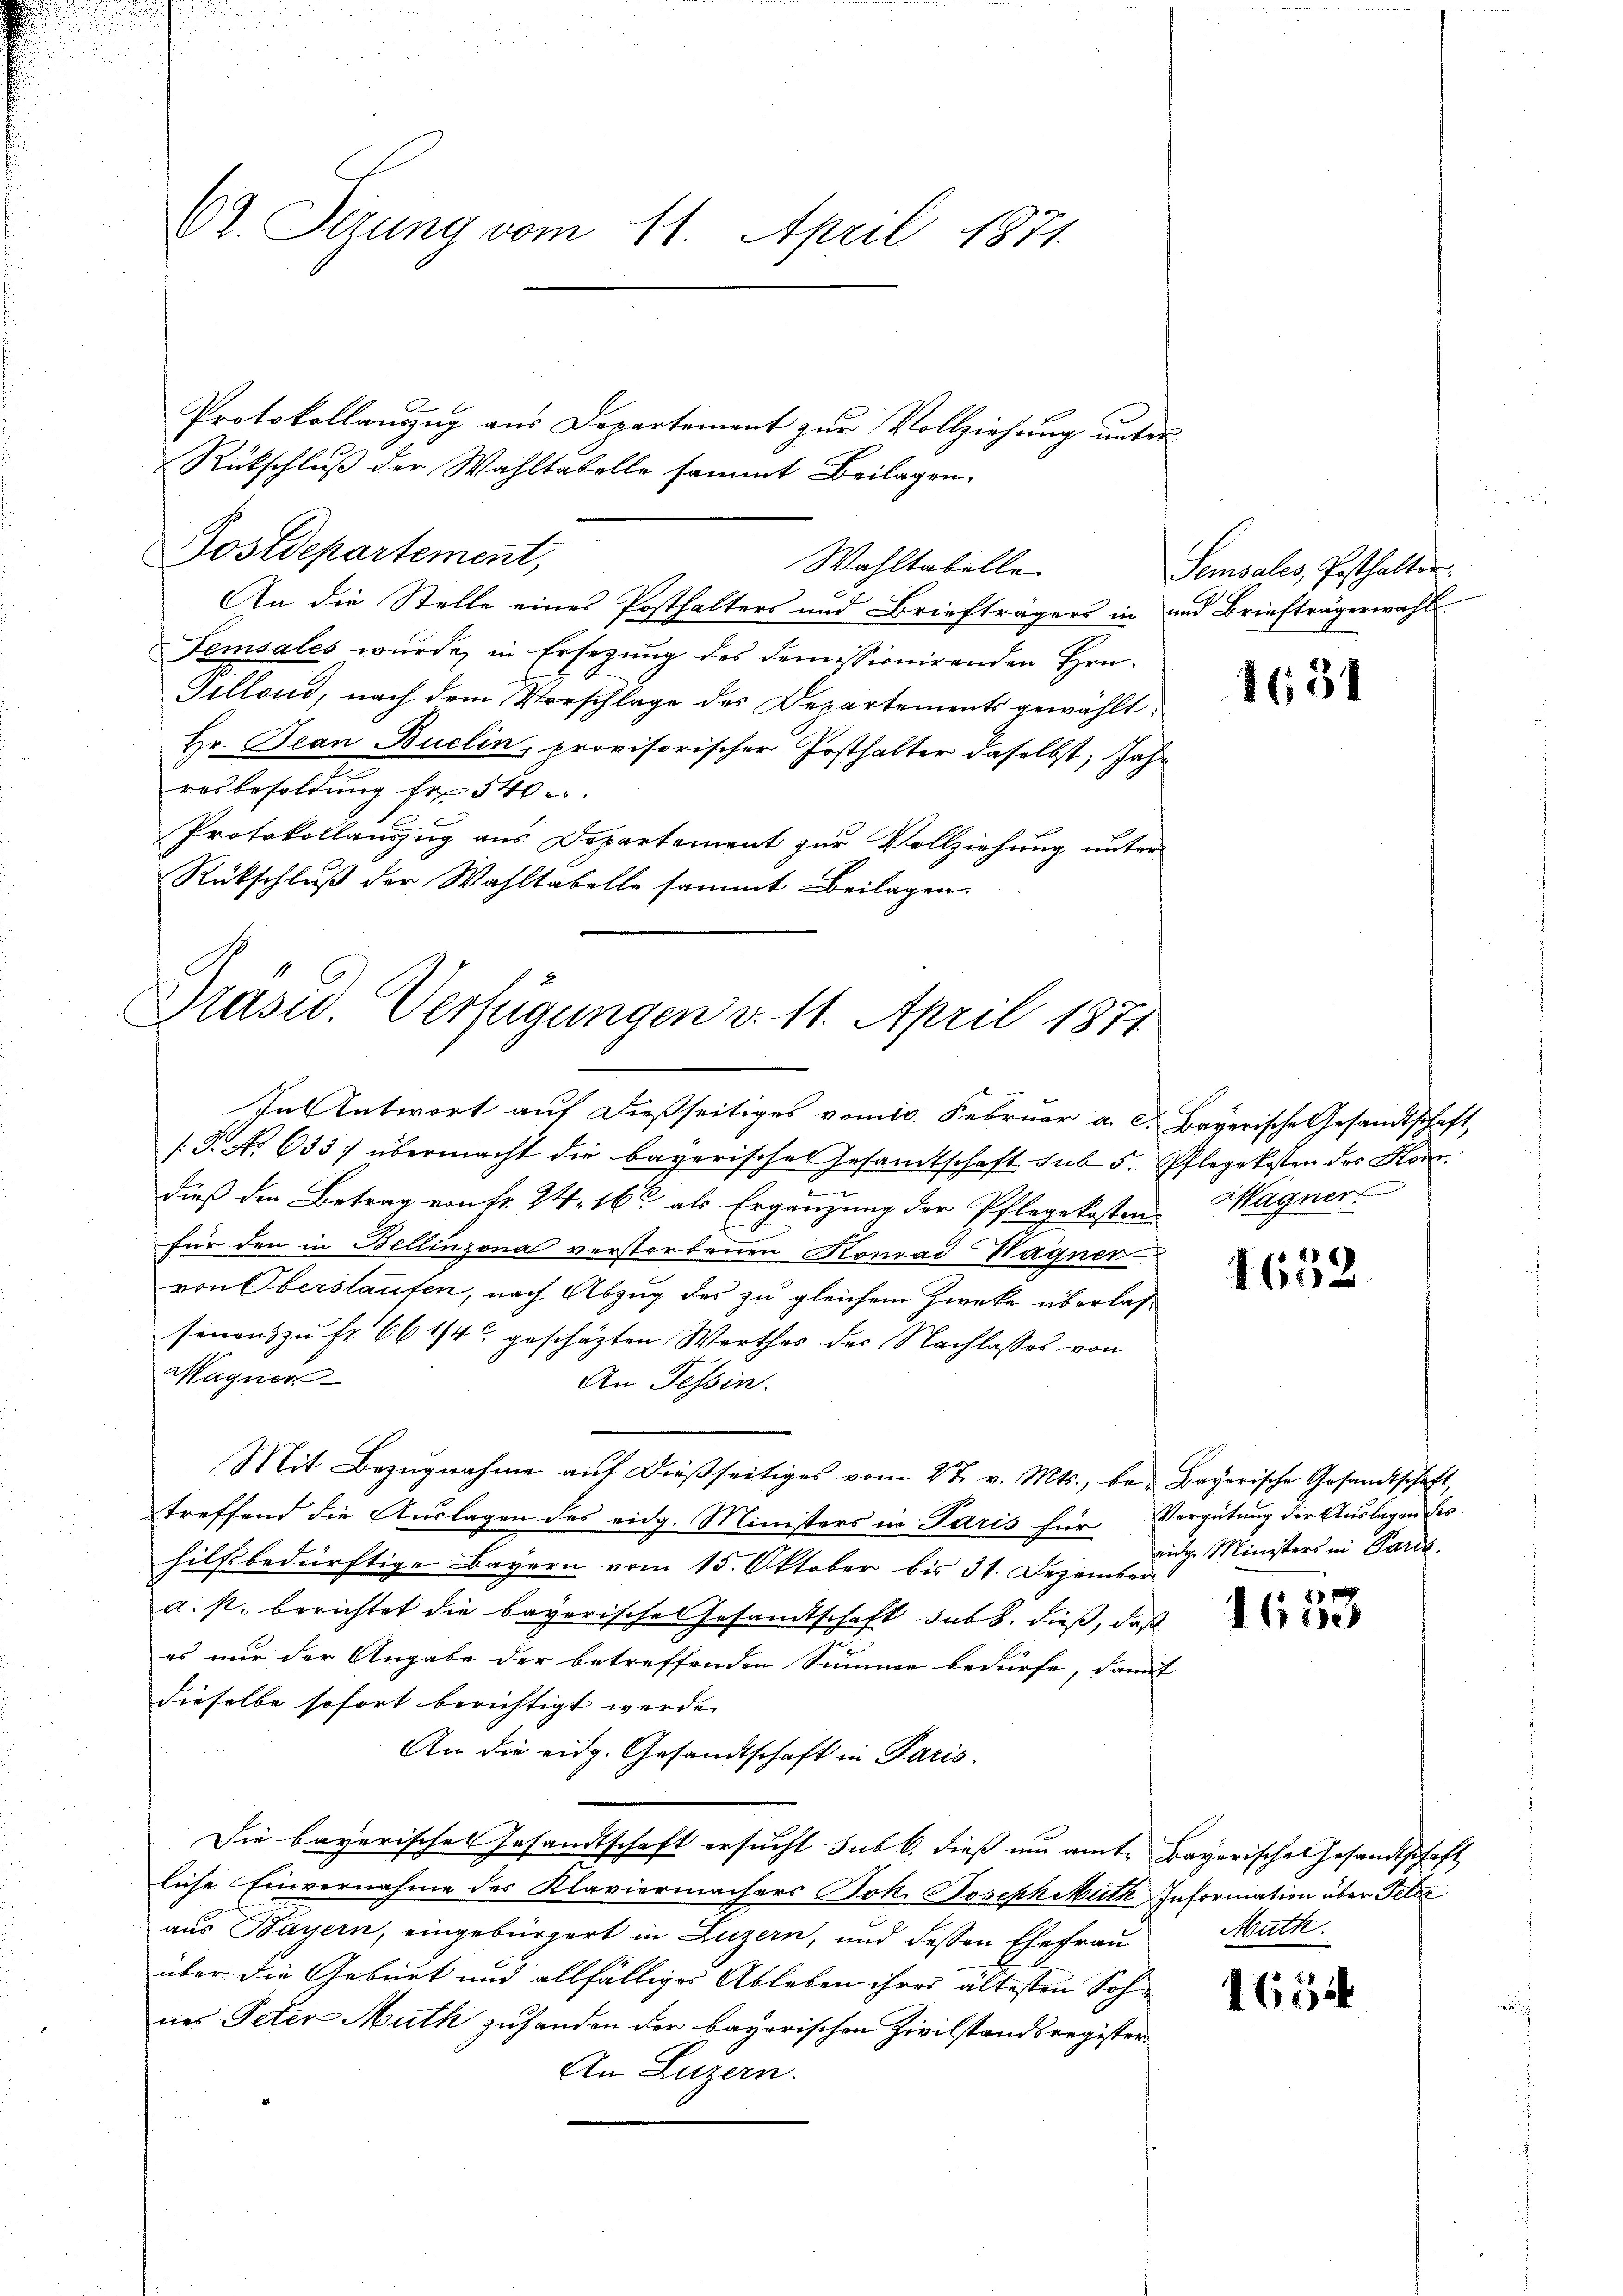
Ct. Sizung vom 11. April 1871.

Protokollauszug aus Departement zur Vollziehung unter¬
Rückschluß der Wahltabelle sammt Beilagen.
An die Stelle eines Posthalters und Briefträgers in und Briefträgerwahl
Temsales wurde, in Ersezung des demissionirenden Hrn.
Gillond, nach dem Vorschlage des Departements gewählt:
Hr. Jean Buelin, provisorischer Posthalter daselbst, Jahr
resbesoldŭng fr 540
Protokollanzug aus Departement zur Vollziehung unter
Rückschluß der Wahltabelle sammt Beilagen

Postdepartement,

Wahltabelle

Präsid. Verfügungen v. 11. April 1871

In Antwort auf dießseitiges vom 10. Februar a. c. Bayerische Gesandtschaft,
[.P. No 633. übermacht die bayerisches Gesamtschaft sub 5. Pflegekosten des Kondieß den Betrag von Fr. 24. 16 als Ergänzung der Pflegekosten
für den in Bellinzona verstorbenen Konrad Wagner
von Oberstaufen, nach Abzug des zu gleichem Zwecke überlassenen zu fr. 66 1/4 geschäzten Werthes des Nachlasses von
Wagner
An Tessin.
Mit Bezugnahme aŭf dießseitiges vom 27. v. Mts., be- Bayerische Gesandtschaft
treffend die Auslagen des eidg. Ministers in Paris für Vergütung der Auslagen des
hilfsbedürftige Bayern vom 15. Oktober bis 31. Dezember
a. p. berichtet die bayerische Gesandtschaft sub b. dieß, daß
es nur der Angabe der betreffenden Summe bedürfe, damit
dieselbe sofort berichtigt werde.
An die eidg. Gesandtschaft in Paris.
Die bayerisches Gesandtschaft ersucht sub 6. dieß um amte Bayerische Gesandtschaft
liche Einvernahme des Klaviermachers Joh. Josephiuth Information über Peter
aus Bayern, eingebürgert in Luzern, und dessen Ehefrau
über die Geburt und allfälliges Ableben ihres ältesten Soh
nes Peter Muth zufanden der bayerischen Zivilstandsregister¬
An Luzern.

Semsales, Posthalten.

1651

Wagner.

1652

eige Ministers in Parck.

8 x
1600

Muth.

163